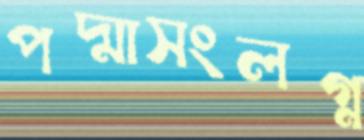
পদ্মাসংলগ্ন